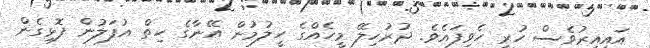
އައިއިރުވެސް ހުރީ ހެވިފައެވެ. ދުރުހިލޭ މީހެއްގެ ހީލުމުން އޭނާގެ ހިތް އުފަލުން ފޮޅިގެން